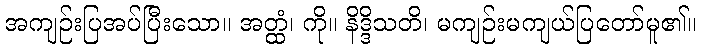
အကျဉ်းပြအပ်ပြီးသော။ အတ္ထံ၊ ကို။ နိဒ္ဒိသတိ၊ မကျဉ်းမကျယ်ပြတော်မူ၏။